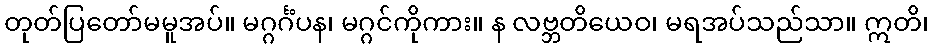
တုတ်ပြတော်မမူအပ်။ မဂ္ဂင်္ဂံပန၊ မဂ္ဂင်ကိုကား။ န လဗ္ဘတိယေဝ၊ မရအပ်သည်သာ။ ဣတိ၊